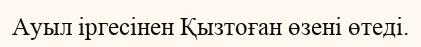
Ауыл іргесінен Қызтоған өзені өтеді.